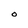
Character: O